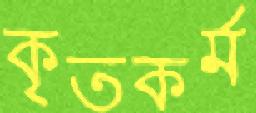
কৃতকর্ম